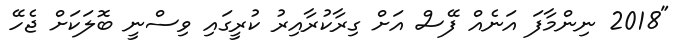
"2018 ނިންމާފަ އަނެއް ފޭސް އަށް ގިރާކުރާއިރު ކުރީގައި ވިސްނީ ބޮލަކަށް ޖެހޭ